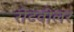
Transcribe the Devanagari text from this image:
रोटवीलर